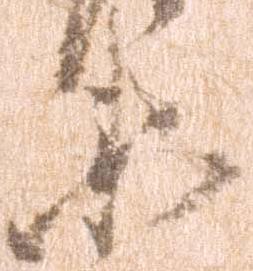
衛